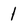
Character: 1